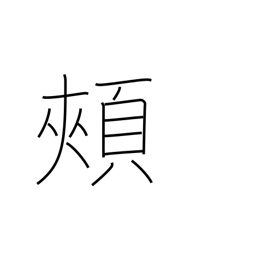
Meaning: jaw